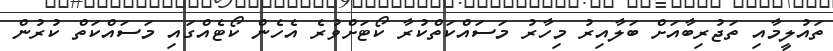
ތައުލީމާއި ތަޖުރިބާއަށް ބަލާއިރު މިހާރު މަސައްކަތްކުރާ ކޯޓަށްވުރެ އެހެން ކޯޓެއްގައި މަސައްކަތް ކުރުން